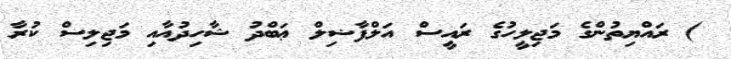
) ރައްޔިތުންގެ މަޖިލީހުގެ ރައީސް އަލްފާޟިލް ޢަބްދު ޝާހިދުއާއި މަޖިލިސް ކުރާ